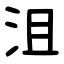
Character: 沮